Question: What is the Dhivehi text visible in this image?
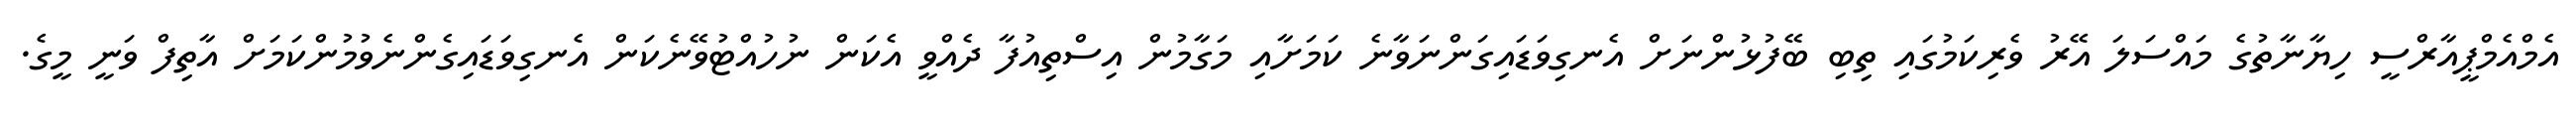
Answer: އެމްއެމްޕީއާރްސީ ހިޔާނާތުގެ މައްސަލަ އޭރު ވެރިކަމުގައި ތިބި ބޭފުޅުންނަށް އެނގިވަޑައިގަންނަވާނެ ކަމަށާއި މަގާމުން އިސްތިއުފާ ދެއްވީ އެކަން ނުހުއްޓުވޭނެކަން އެނގިވަޑައިގެންނެވުމުންކަމަށް އާތިފް ވަނީ މީގެ.